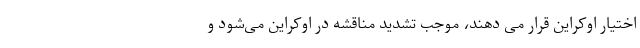
اختیار اوکراین قرار می دهند، موجب تشدید مناقشه در اوکراین می‌شود و